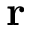
{ \bf r }